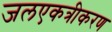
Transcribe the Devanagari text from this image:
जलएकत्रीकरण